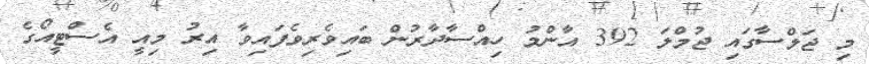
މި ޖަލްސާގައި ޖުމްލަ 392 އާންމު ހިއްސާދާރުން ބައިވެރިވެފައިވާ އިރު މިއީ އެސްޓީއޯގެ